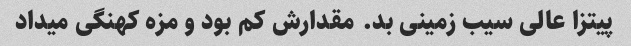
پیتزا عالی سیب زمینی بد. مقدارش کم بود و مزه کهنگی میداد